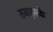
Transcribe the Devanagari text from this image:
तकइसके